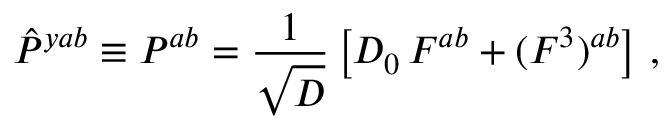
\hat { P } ^ { y a b } \equiv P ^ { a b } = { \frac { 1 } { \sqrt { \cal D } } } \left[ { \cal D } _ { 0 } \, { \cal F } ^ { a b } + ( { \cal F } ^ { 3 } ) ^ { a b } \right] \, ,